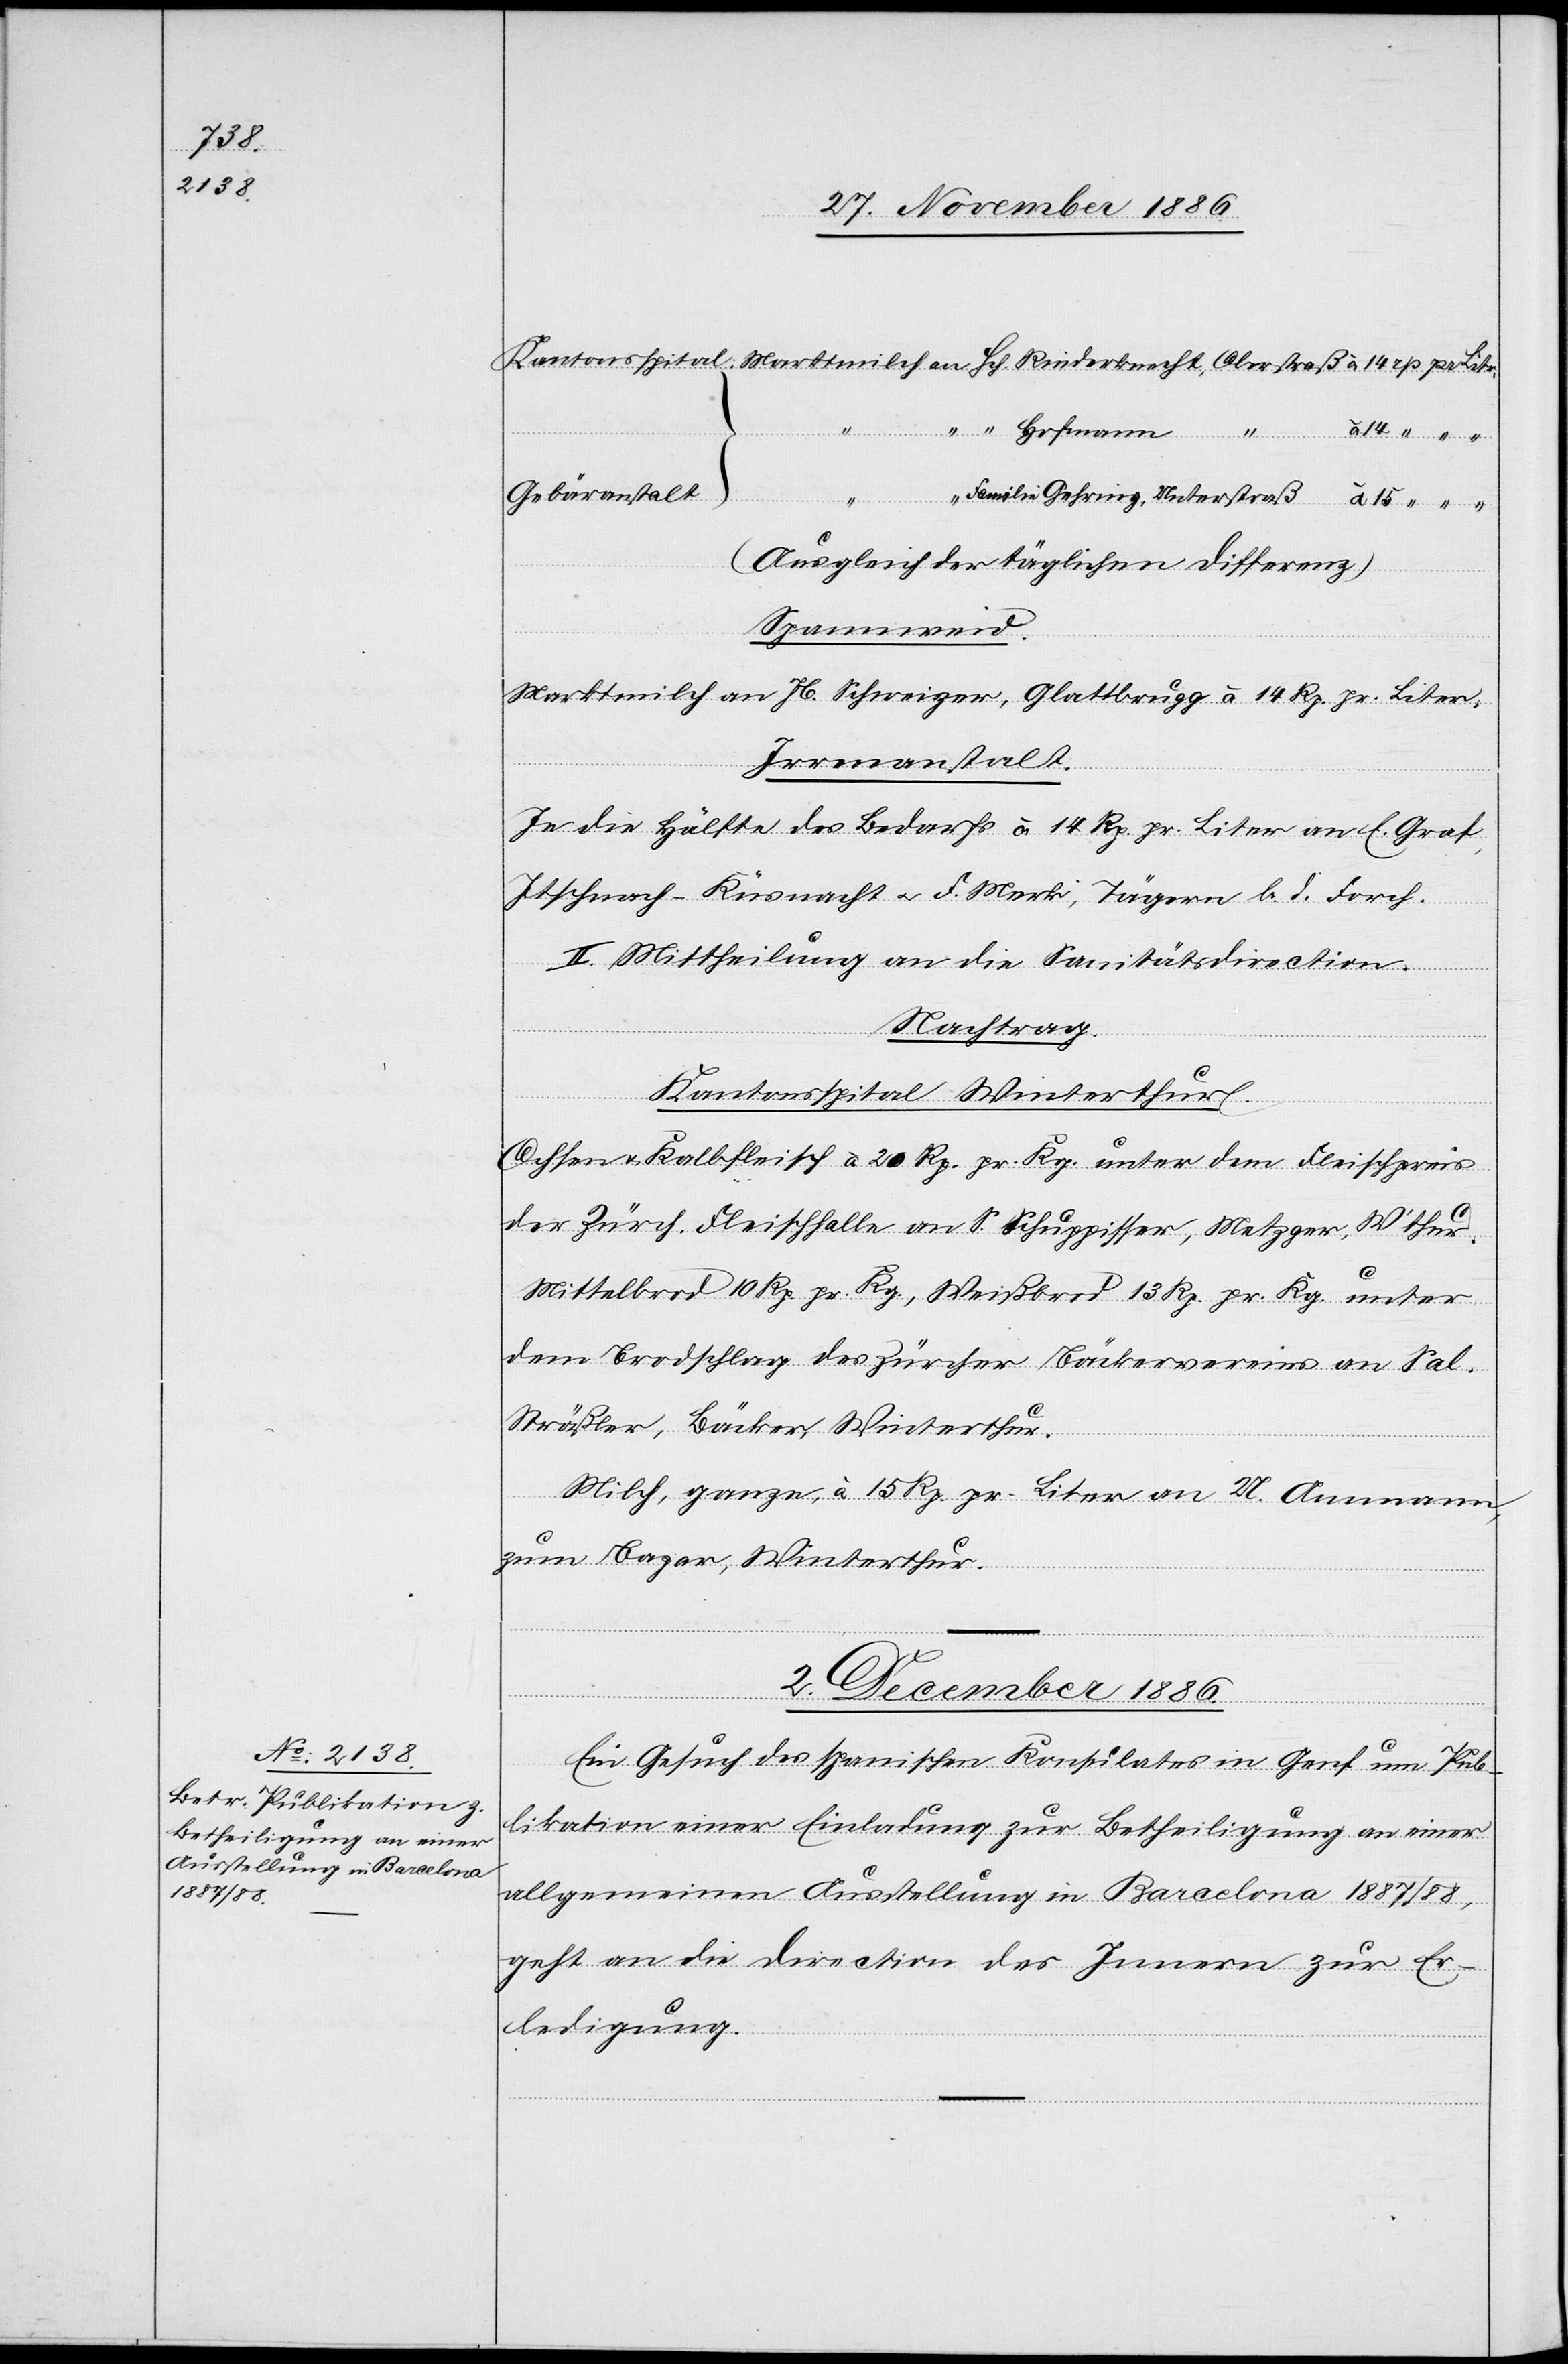
Gebäranstalt
Familie Gehring, Unterstraß
Spannweid.
Marktmilch an Jb. Schweizer, Glattbrugg à 14 Rp. pr. Liter.
Irrenanstalt.
Je die Hälfte des Bedarfs à 14 Rp. pr. Liter an E. Graf,
Itschnach - Küsnacht & F. Merki, Tägern b. d. Forch.
Hofmann
II. Mittheilung an die Sanitätsdirection.
Nachtrag.
pr.
Kantonsspital Winterthur.
Ochsen- & Kalbfleisch à 20 Rp. pr. Kg. unter dem Fleischpreis
der Zürch. Fleischhalle an S. Schuppisser, Metzger, W’thur.
Mittelbrod 10 Rp. pr. Kg., Weißbrod 13 Rp. pr. Kg. unter
dem Brodschlag des Zürcher Bäckervereins an Sal.
Sträßler, Bäcker, Winterthur.
Milch, ganze, à 15 Rp. pr. Liter an U. Ammann,
zum Bazar, Winterthur.
2. December 1886.
Ein Gesuch des spanischen Konsulates in Genf um Pub¬
likation einer Einladung zur Betheiligung an einer
allgemeinen Ausstellung in Barcelona 1887/88,
geht an die Direction des Innern zur Er¬
ledigung.